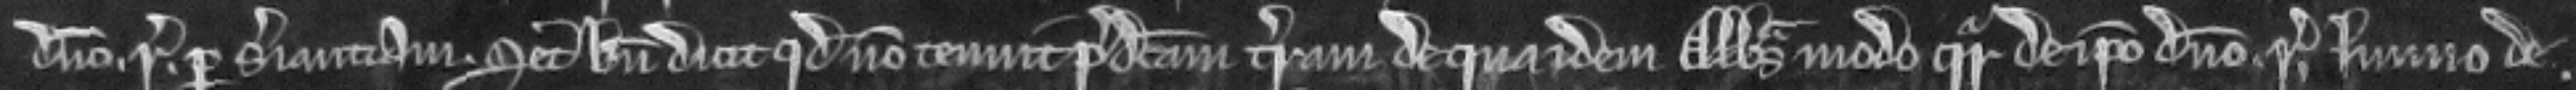
domino rege per seriantiam. Set bene dicit quod non tenuit predictam terram de qua idem Abbas modo queritur de ipso domino rege lmmo de